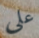
على